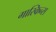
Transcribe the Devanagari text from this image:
गास्किन्स